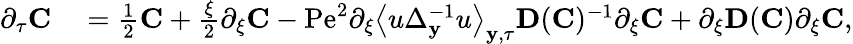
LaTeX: \begin{array}{rl}{\partial_{\tau}\mathbf{C}}&{{}=\frac{1}{2}\mathbf{C}+\frac{\xi}{2}\partial_{\xi}\mathbf{C}-\mathrm{Pe}^{2}\partial_{\xi}\left\langle u\Delta_{\mathbf{y}}^{-1}u\right\rangle_{\mathbf{y},\tau}\mathbf{D}(\mathbf{C})^{-1}\partial_{\xi}\mathbf{C}+\partial_{\xi}\mathbf{D}(\mathbf{C})\partial_{\xi}\mathbf{C},}\end{array}